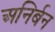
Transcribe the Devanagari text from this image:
अनिर्बन